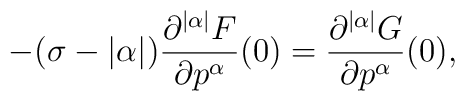
-(\sigma-|\alpha|)\frac{\partial^{|\alpha|}F}{\partial p^\alpha}(0)=\frac{\partial^{|\alpha|}G}{\partial p^\alpha}(0),